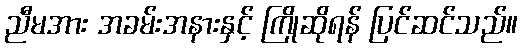
ညီမအား အခမ်းအနားနှင့် ကြိုဆိုရန် ပြင်ဆင်သည်။